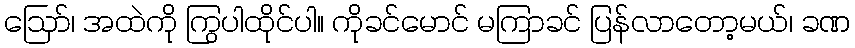
ဩော်၊ အထဲကို ကြွပါထိုင်ပါ။ ကိုခင်မောင် မကြာခင် ပြန်လာတော့မယ်၊ ခဏ